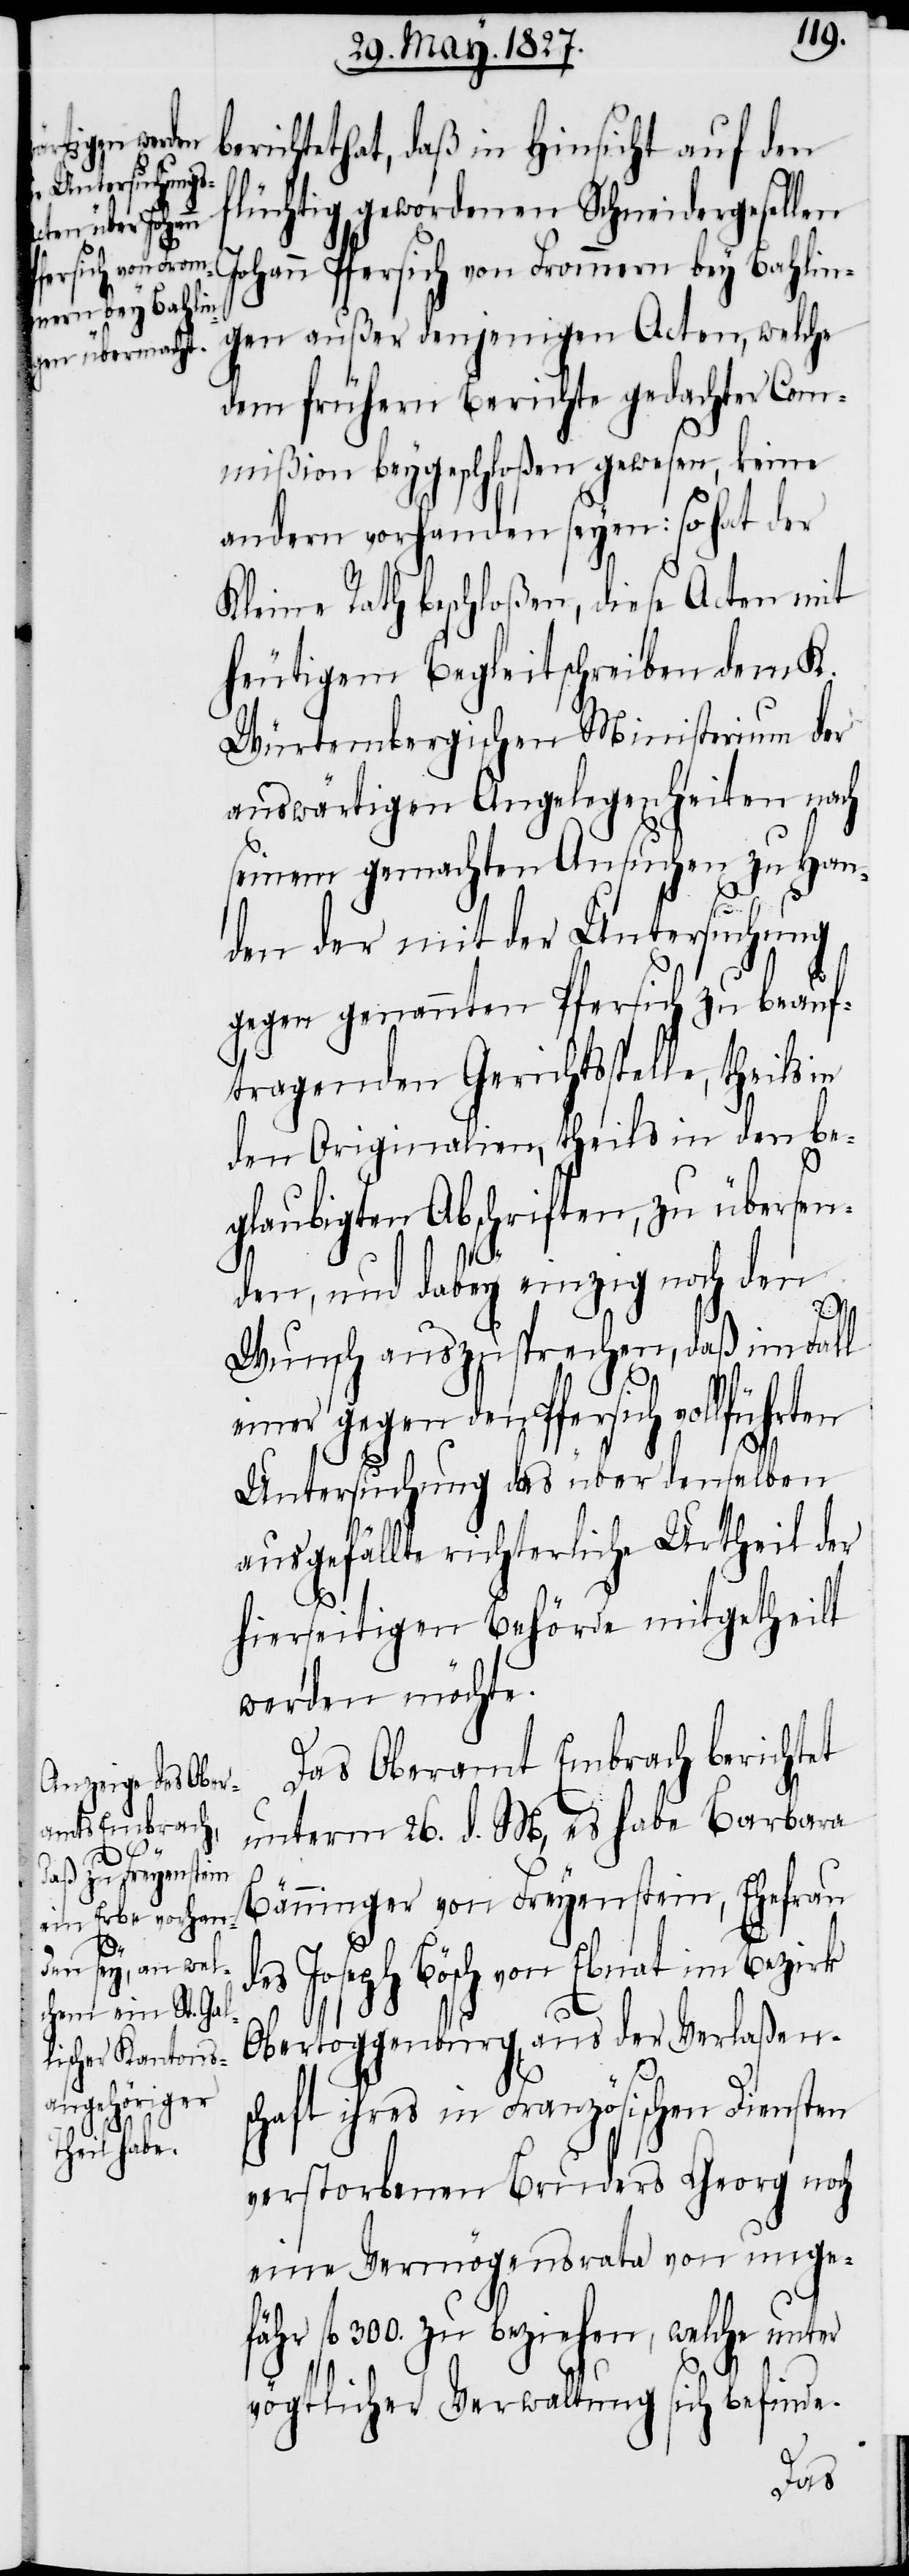
berichtet hat, daß in Hinsicht auf den
flüchtig gewordenen Schneidergesellen
Johann Pfersich von Frommern bey Bahlin¬
gen außer denjenigen Acten, welche
dem frühern Berichte gedachter Com¬
mißion beygeschloßen gewesen, keine
andern vorhanden seyen: so hat der
Kleine Rath beschloßen, diese Acten mit
heutigem Begleitschreiben dem K.
Würtembergischen Ministerium der
auswärtigen Angelegenheiten nach
seinem gemachten Ansuchen zu Han¬
den der mit der Untersuchung
gegen genannten Pfersich zu beauf¬
tragenden Gerichtsstelle, theils
den Originalien, theils in den be¬
glaubigten Abschriften, zu übersen¬
den, und dabey einzig noch den
Wunsch auszusprechen, daß im Fall
einer gegen den Pfersich vollführten
Untersuchung das über denselben
ausgefällte richterliche Urtheil der
hierseitigen Behörde mitgetheilt
werden möchte.
Das Oberamt Embrach berichtet
unterm 26. d. M., es habe Barbara
Bänninger von Freyenstein, Ehefrau
des Joseph Bösch von Ebnat im Bezirk
Obertoggenburg, aus der Verlaßens¬
chaft ihres in Französischen Diensten
verstorbenen Bruders Georg noch
eine Vermögensrata von unge¬
fähr fl. 300. zu beziehen, welche unter
vögtlicher Verwaltung sich befinde.